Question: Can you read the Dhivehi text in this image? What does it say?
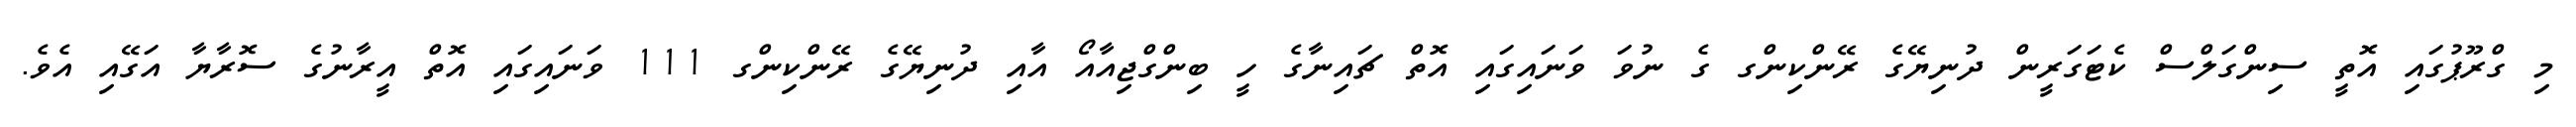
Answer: މި ގްރޫޕުގައި އޮތީ ސިންގަލްސް ކެޓަގަރީން ދުނިޔޭގެ ރޭންކިންގ ގެ ނުވަ ވަނައިގައި އޮތް ޗައިނާގެ ހީ ބިންގްޖިއާއޯ އާއި ދުނިޔޭގެ ރޭންކިންގ 111 ވަނައިގައި އޮތް އީރާނުގެ ސޮރާޔާ އަގޭއި އެވެ.